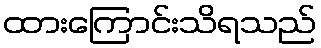
ထားကြောင်းသိရသည်